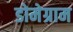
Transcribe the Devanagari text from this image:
डोमेग्राम